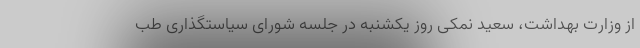
از وزارت بهداشت، سعید نمکی روز یکشنبه در جلسه شورای سیاستگذاری طب